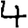
Digit: 4